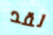
لقد